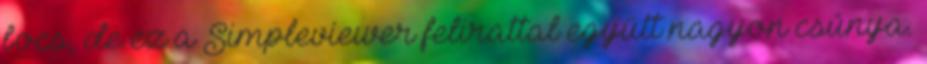
bocs, de ez a Simpleviewer felirattal együtt nagyon csúnya.